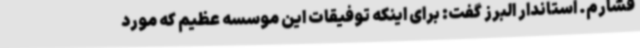
فشارم. استاندار البرز گفت: برای اینکه توفیقات این موسسه عظیم که مورد